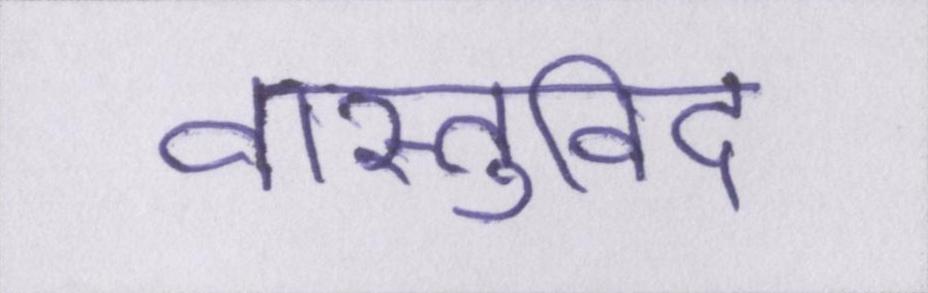
वास्तुविद